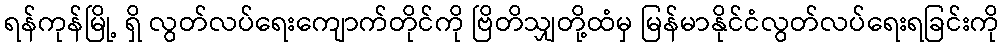
ရန်ကုန်မြို့ ရှိ လွတ်လပ်ရေးကျောက်တိုင်ကို ဗြိတိသျှတို့ထံမှ မြန်မာနိုင်ငံလွတ်လပ်ရေးရခြင်းကို